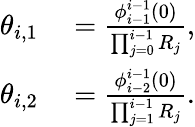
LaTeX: \begin{array}{rl}{\theta_{i,1}}&{{}=\frac{\phi_{i-1}^{i-1}(0)}{\prod_{j=0}^{i-1}R_{j}},}\\ {\theta_{i,2}}&{{}=\frac{\phi_{i-2}^{i-1}(0)}{\prod_{j=1}^{i-1}R_{j}}.}\end{array}